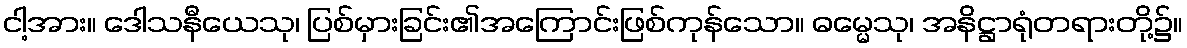
ငါ့အား။ ဒေါသနီယေသု၊ ပြစ်မှားခြင်း၏အကြောင်းဖြစ်ကုန်သော။ ဓမ္မေသု၊ အနိဋ္ဌာရုံတရားတို့၌။